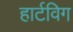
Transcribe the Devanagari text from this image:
हार्टविग